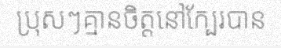
ប្រុសៗគ្មានចិត្តនៅក្បែរបាន